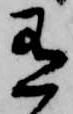
有